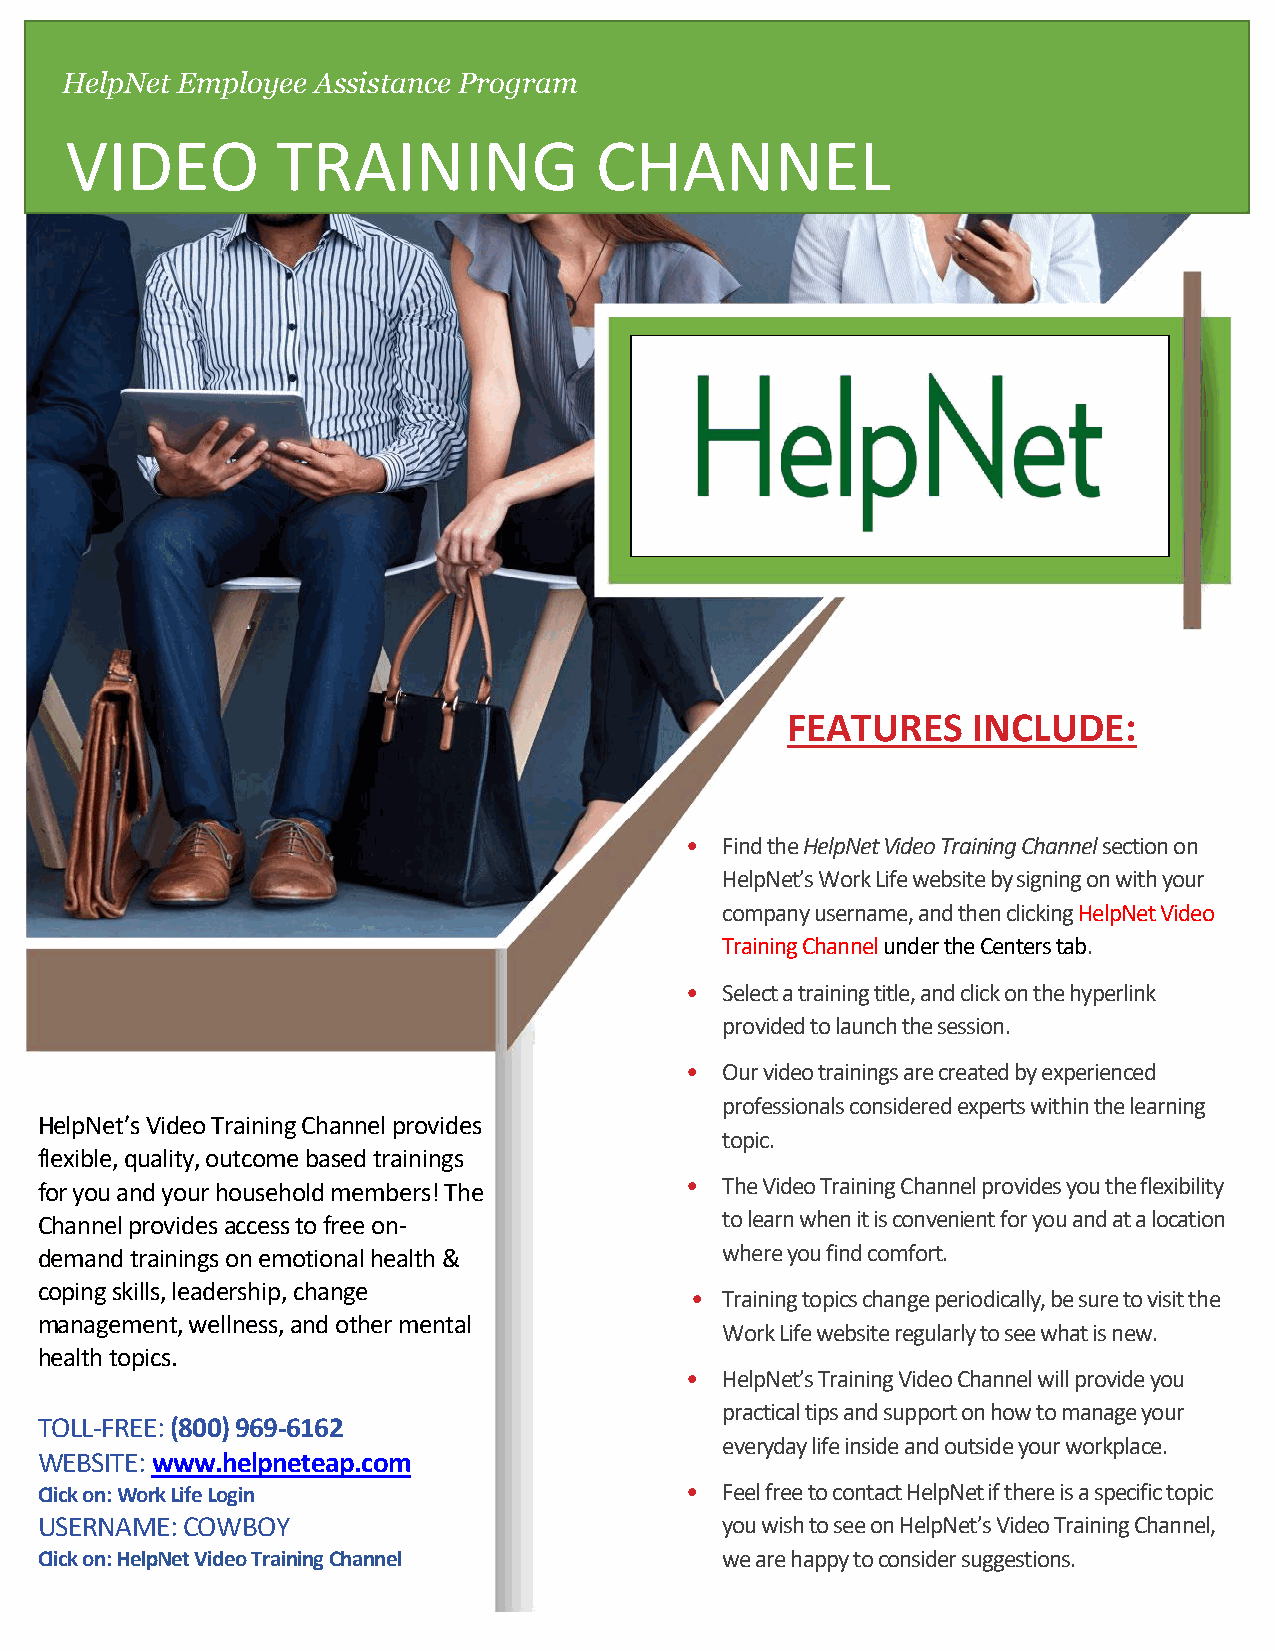
HelpNet Employee Assistance Program
 VIDEO         TRAINING             CHANNEL
 FEATURES    INCLUDE:
 •  Find the HelpNet Video Training Channel section on
 HelpNet’s Work Life website by signing on with your
 company username, and then clicking HelpNet Video
 Training Channel under the Centers tab.
 •  Select a training title, and click on the hyperlink
 provided to launch the session.
 •  Our video trainings are created by experienced
 professionals considered experts within the learning
 HelpNet’s Video Training Channel provides
 topic.
 flexible, quality, outcome based trainings
 for you and your household members! The    •  The Video Training Channel provides you the flexibility
 Channel provides access to free on-           to learn when it is convenient for you and at a location
 demand trainings on emotional health &        where you find comfort.
 coping skills, leadership, change
 • Training topics change periodically, be sure to visit the
 management, wellness, and other mental
 Work Life website regularly to see what is new.
 health topics.
 •  HelpNet’s Training Video Channel will provide you
 practical tips and support on how to manage your
 TOLL-FREE: (800) 969-6162
 everyday life inside and outside your workplace.
 WEBSITE: www.helpneteap.com
 Click on: Work Life Login                  •  Feel free to contact HelpNet if there is a specific topic
 USERNAME: COWBOY                              you wish to see on HelpNet’s Video Training Channel,
 Click on: HelpNet Video Training Channel      we are happy to consider suggestions.